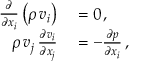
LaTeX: \begin{array} { r l } { { \frac { \partial } { \partial x _ { i } } } \left( \rho \, v _ { i } \right) } & { { } = 0 \, , } \\ { \rho \, v _ { j } \, { \frac { \partial v _ { i } } { \partial x _ { j } } } } & { { } = - { \frac { \partial p } { \partial x _ { i } } } \, , } \end{array}